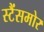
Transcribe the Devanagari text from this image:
स्टैंसमोर